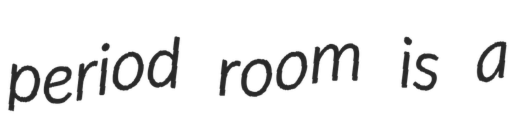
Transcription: period room is a